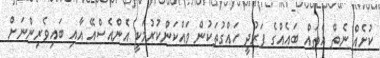
ކުށެއް ނެތް އެތައް ބައެއްގެ ފަރުދީ ހައްގުތަކުން ވައްކަންކުރުމަކީ އެންއެސްއޭ އާއި ބައިވެރިންނަށް